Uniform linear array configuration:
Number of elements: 8
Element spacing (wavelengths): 1
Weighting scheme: cosine
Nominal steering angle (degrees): -60
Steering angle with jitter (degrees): -58.787
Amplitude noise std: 0.05
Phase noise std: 0.05

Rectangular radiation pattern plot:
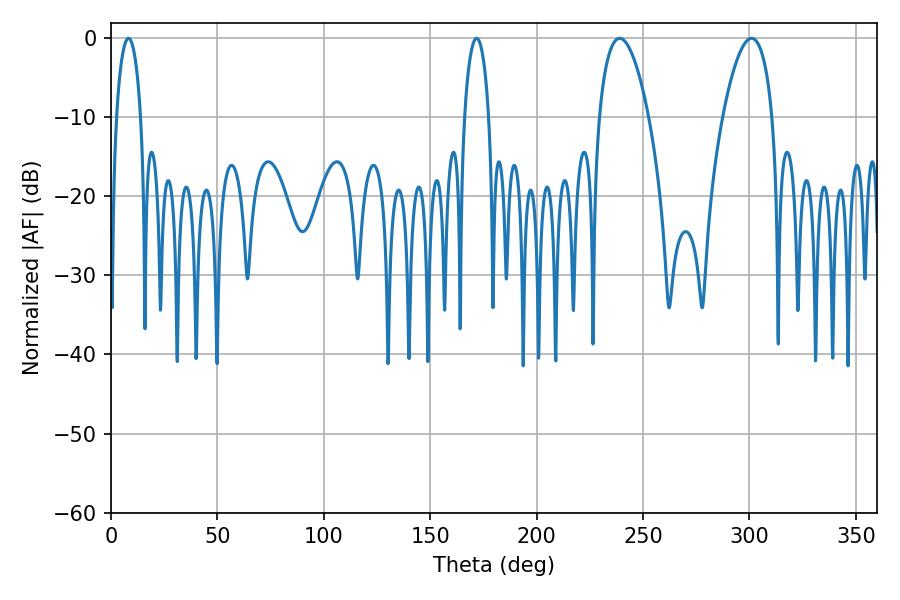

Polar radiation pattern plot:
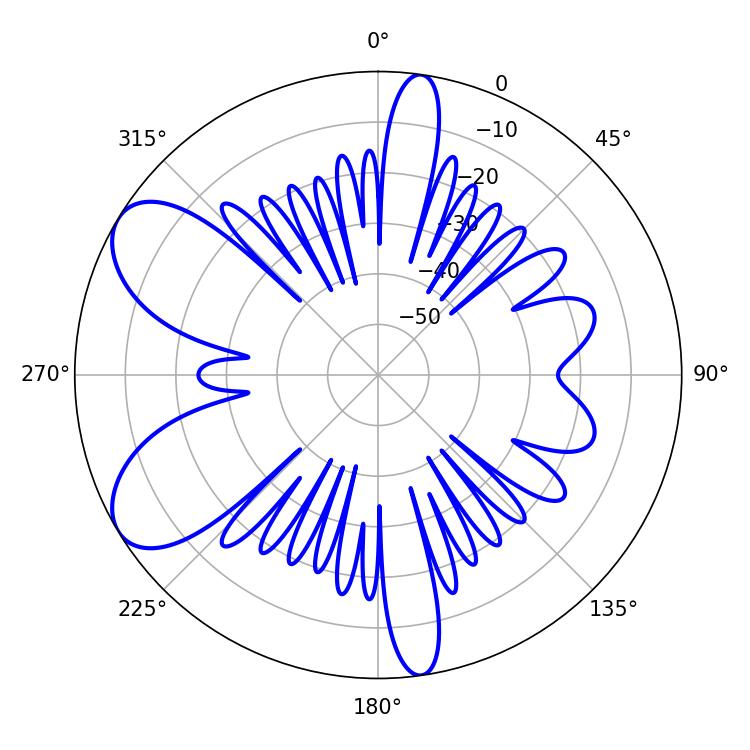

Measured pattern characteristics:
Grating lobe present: TRUE
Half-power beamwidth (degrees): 12.96
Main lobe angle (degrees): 239.04